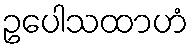
ဥပေါသထာဟံ